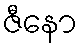
ဇီနော